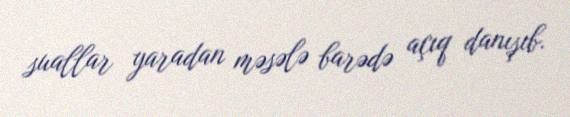
suallar yaradan məsələ barədə açıq danışıb.